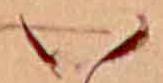
い